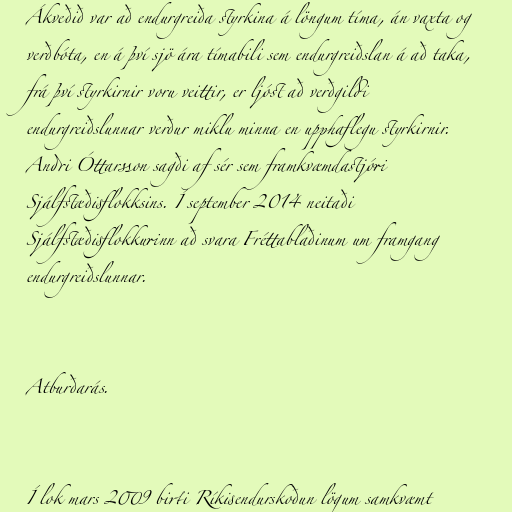
Ákveðið var að endurgreiða styrkina á löngum tíma, án vaxta og
verðbóta, en á því sjö ára tímabili sem endurgreiðslan á að taka,
frá því styrkirnir voru veittir, er ljóst að verðgildi
endurgreiðslunnar verður miklu minna en upphaflegu styrkirnir.
Andri Óttarsson sagði af sér sem framkvæmdastjóri
Sjálfstæðisflokksins. Í september 2014 neitaði
Sjálfstæðisflokkurinn að svara Fréttablaðinum um framgang
endurgreiðslunnar.

Atburðarás.

Í lok mars 2009 birti Ríkisendurskoðun lögum samkvæmt